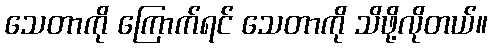
သေတာကို ကြောက်ရင် သေတာကို သိဖို့လိုတယ်။